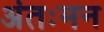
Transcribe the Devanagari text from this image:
अंतःमन